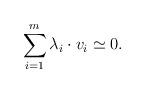
LaTeX: \begin{align*} \sum_{i=1}^m \lambda_i \cdot v_i \simeq 0. \end{align*}